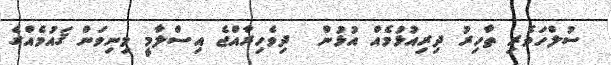
ސުލްހަވެރި ތާހިރު ދިރިއުޅުމެއް އުޅުން  ދިވެހިރާއްޖެ އިސްލާމީ މިނިވަން ޤައުމެއްގެ